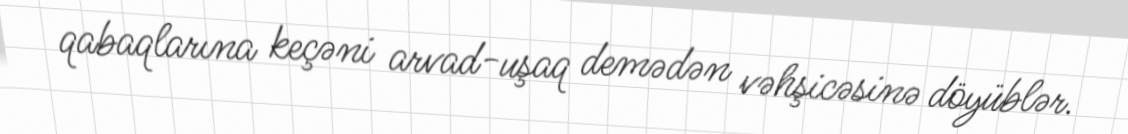
qabaqlarına keçəni arvad-uşaq demədən vəhşicəsinə döyüblər.